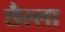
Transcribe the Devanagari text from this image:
छैल्ला